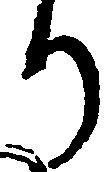
り